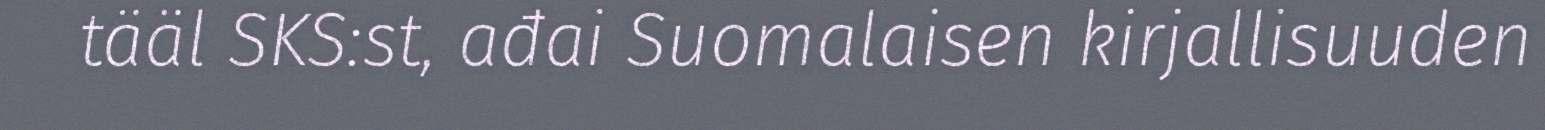
tääl SKS:st, ađai Suomalaisen kirjallisuuden